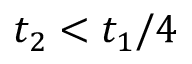
t _ { 2 } < t _ { 1 } / 4